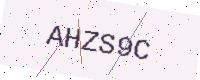
Text: AHZS9C